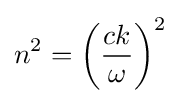
n^{2}=\left({\frac {ck}{\omega }}\right)^{2}